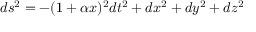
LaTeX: d s ^ { 2 } = - ( 1 + \alpha x ) { } ^ { 2 } d t ^ { 2 } + d x ^ { 2 } + d y ^ { 2 } + d z ^ { 2 }